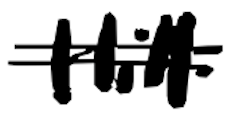
Text: Hill
Cross-out: double-line
Writing tool: digital_black